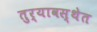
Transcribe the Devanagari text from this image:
तुर्यावस्थेत